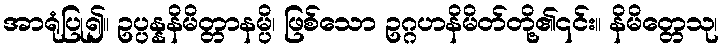
အာရုံပြု၍။ ဥပ္ပန္နနိမိတ္တာနမ္ပိ၊ ဖြစ်သော ဥဂ္ဂဟနိမိတ်တို့၏၎င်း။ နိမိတ္တေသု၊